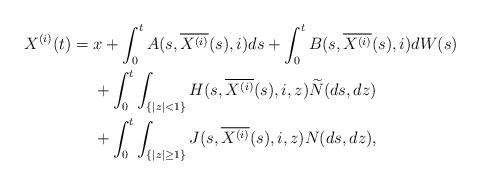
LaTeX: \begin{align*} X^{(i)}(t)&= x+\int_0^t A(s,\overline{X^{(i)}}(s),i)ds+\int_0^t B(s,\overline{X^{(i)}}(s),i)dW(s) \\ &\quad\ +\int_0^t \int_{\{|z|<1\}} H(s,\overline{X^{(i)}}(s),i,z)\widetilde{N}(ds,dz)\\&\quad\ +\int_0^t\int_{\{|z|\ge1\}} J(s,\overline{X^{(i)}}(s),i,z)N(ds,dz),\end{align*}